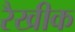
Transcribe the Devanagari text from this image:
रैखीक